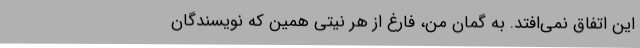
این اتفاق نمی‌افتد. به گمان من، فارغ از هر نیتی همین که نویسندگان